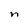
Character: n